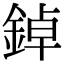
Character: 鋽